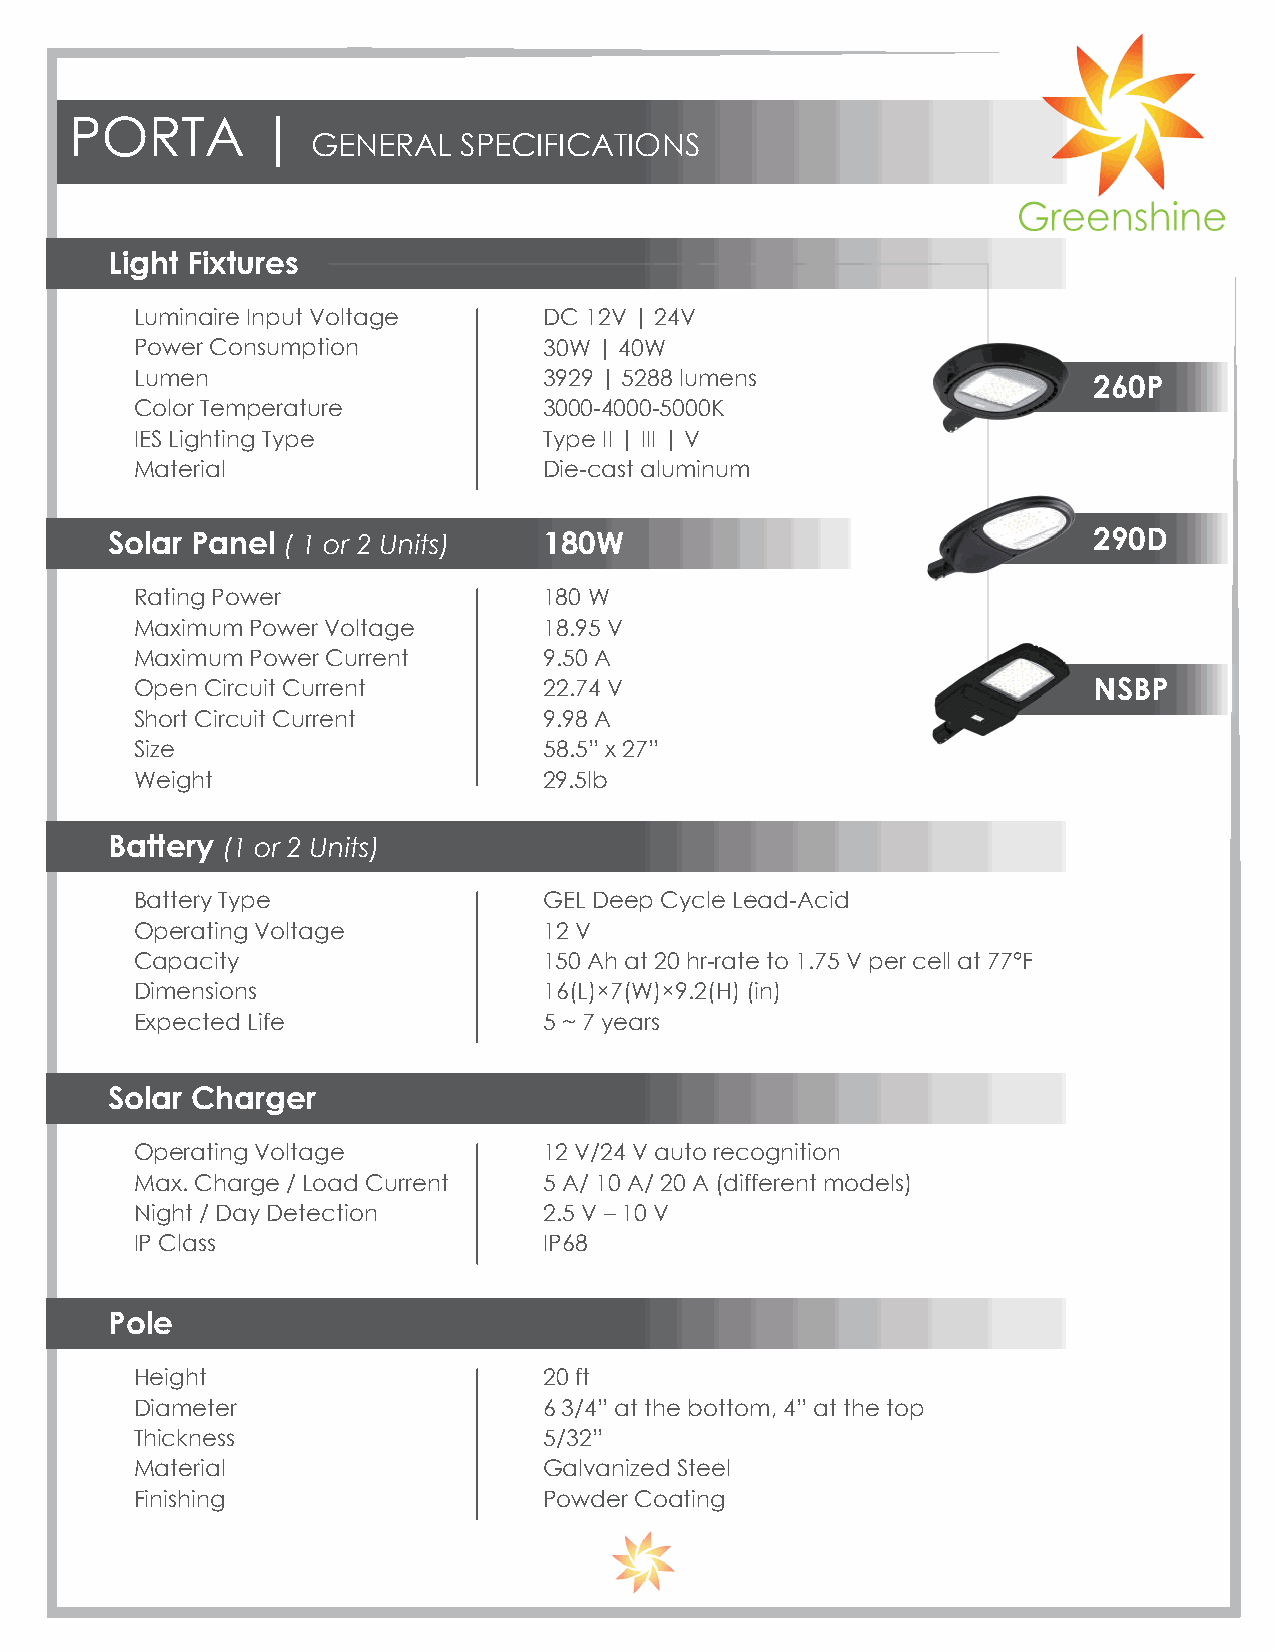
PORTA       |
 GENERAL  SPECIFICATIONS
 Light Fixtures
 Luminaire Input Voltage    DC 12V | 24V
 Power Consumption          30W | 40W
 Lumen                      3929 | 5288 lumens                  260P
 Color Temperature          3000-4000-5000K
 IES Lighting Type          Type II | III | V
 Material                   Die-cast aluminum
 Solar Panel ( 1 or 2 Units)  180W                                290D
 Rating Power               180 W
 Maximum Power Voltage      18.95 V
 Maximum Power Current      9.50 A
 Open Circuit Current       22.74 V                             NSBP
 Short Circuit Current      9.98 A
 Size                       58.5” x 27”
 Weight                     29.5lb
 Battery (1 or 2 Units)
 Battery Type               GEL Deep Cycle Lead-Acid
 Operating Voltage          12 V
 Capacity                   150 Ah at 20 hr-rate to 1.75 V per cell at 77°F
 Dimensions                 16(L)×7(W)×9.2(H) (in)
 Expected Life              5 ~ 7 years
 Solar Charger
 Operating Voltage          12 V/24 V auto recognition
 Max. Charge / Load Current 5 A/ 10 A/ 20 A (different models)
 Night / Day Detection      2.5 V – 10 V
 IP Class                   IP68
 Pole
 Height                     20 ft
 Diameter                   6 3/4” at the bottom, 4” at the top
 Thickness                  5/32”
 Material                   Galvanized Steel
 Finishing                  Powder Coating